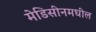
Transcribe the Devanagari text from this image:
मेडिसीनमधील